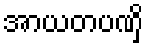
အာယတပဏှိ